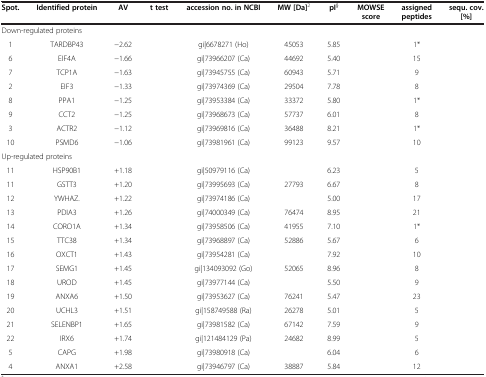
<table><thead><tr><td><b>Spot.</b></td><td><b>Identified protein</b></td><td><b>AV</b></td><td><b>t test</b></td><td><b>accession no. in NCBI</b></td><td><b>MW [Da]<sup>2</sup></b></td><td><b>pI<sup>§</sup></b></td><td><b>MOWSE score</b></td><td><b>assigned peptides</b></td><td><b>sequ. cov. [%]</b></td></tr></thead><tbody><tr><td colspan="10">Down-regulated proteins</td></tr><tr><td>1</td><td>TARDBP43</td><td>−2.62</td><td>[EMPTY_CELL]</td><td>gi|6678271 (Ho)</td><td>45053</td><td>5.85</td><td>[EMPTY_CELL]</td><td>1*</td><td>[EMPTY_CELL]</td></tr><tr><td>6</td><td>EIF4A</td><td>−1.66</td><td>[EMPTY_CELL]</td><td>gi|73966207 (Ca)</td><td>44692</td><td>5.40</td><td>[EMPTY_CELL]</td><td>15</td><td>[EMPTY_CELL]</td></tr><tr><td>7</td><td>TCP1A</td><td>−1.63</td><td>[EMPTY_CELL]</td><td>gi|73945755 (Ca)</td><td>60943</td><td>5.71</td><td>[EMPTY_CELL]</td><td>9</td><td>[EMPTY_CELL]</td></tr><tr><td>2</td><td>EIF3</td><td>−1.33</td><td>[EMPTY_CELL]</td><td>gi|73974369 (Ca)</td><td>29504</td><td>7.78</td><td>[EMPTY_CELL]</td><td>8</td><td>[EMPTY_CELL]</td></tr><tr><td>8</td><td>PPA1</td><td>−1.25</td><td>[EMPTY_CELL]</td><td>gi|73953384 (Ca)</td><td>33372</td><td>5.80</td><td>[EMPTY_CELL]</td><td>1*</td><td>[EMPTY_CELL]</td></tr><tr><td>9</td><td>CCT2</td><td>−1.25</td><td>[EMPTY_CELL]</td><td>gi|73968673 (Ca)</td><td>57737</td><td>6.01</td><td>[EMPTY_CELL]</td><td>8</td><td>[EMPTY_CELL]</td></tr><tr><td>3</td><td>ACTR2</td><td>−1.12</td><td>[EMPTY_CELL]</td><td>gi|73969816 (Ca)</td><td>36488</td><td>8.21</td><td>[EMPTY_CELL]</td><td>1*</td><td>[EMPTY_CELL]</td></tr><tr><td>10</td><td>PSMD6</td><td>−1.06</td><td>[EMPTY_CELL]</td><td>gi|73981961 (Ca)</td><td>99123</td><td>9.57</td><td>[EMPTY_CELL]</td><td>10</td><td>[EMPTY_CELL]</td></tr><tr><td colspan="10">Up-regulated proteins</td></tr><tr><td>11</td><td>HSP90B1</td><td>+1.18</td><td>[EMPTY_CELL]</td><td>gi|50979116 (Ca)</td><td>[EMPTY_CELL]</td><td>6.23</td><td>[EMPTY_CELL]</td><td>5</td><td>[EMPTY_CELL]</td></tr><tr><td>11</td><td>GSTT3</td><td>+1.20</td><td>[EMPTY_CELL]</td><td>gi|73995693 (Ca)</td><td>27793</td><td>6.67</td><td>[EMPTY_CELL]</td><td>8</td><td>[EMPTY_CELL]</td></tr><tr><td>12</td><td>YWHAZ.</td><td>+1.22</td><td>[EMPTY_CELL]</td><td>gi|73974186 (Ca)</td><td>[EMPTY_CELL]</td><td>5.00</td><td>[EMPTY_CELL]</td><td>17</td><td>[EMPTY_CELL]</td></tr><tr><td>13</td><td>PDIA3</td><td>+1.26</td><td>[EMPTY_CELL]</td><td>gi|74000349 (Ca)</td><td>76474</td><td>8.95</td><td>[EMPTY_CELL]</td><td>21</td><td>[EMPTY_CELL]</td></tr><tr><td>14</td><td>CORO1A</td><td>+1.34</td><td>[EMPTY_CELL]</td><td>gi|73958506 (Ca)</td><td>41955</td><td>7.10</td><td>[EMPTY_CELL]</td><td>1*</td><td>[EMPTY_CELL]</td></tr><tr><td>15</td><td>TTC38</td><td>+1.34</td><td>[EMPTY_CELL]</td><td>gi|73968897 (Ca)</td><td>52886</td><td>5.67</td><td>[EMPTY_CELL]</td><td>6</td><td>[EMPTY_CELL]</td></tr><tr><td>16</td><td>OXCT1</td><td>+1.43</td><td>[EMPTY_CELL]</td><td>gi|73954281 (Ca)</td><td>[EMPTY_CELL]</td><td>7.92</td><td>[EMPTY_CELL]</td><td>10</td><td>[EMPTY_CELL]</td></tr><tr><td>17</td><td>SEMG1</td><td>+1.45</td><td>[EMPTY_CELL]</td><td>gi|134093092 (Go)</td><td>52065</td><td>8.96</td><td>[EMPTY_CELL]</td><td>8</td><td>[EMPTY_CELL]</td></tr><tr><td>18</td><td>UROD</td><td>+1.45</td><td>[EMPTY_CELL]</td><td>gi|73977144 (Ca)</td><td>[EMPTY_CELL]</td><td>5.50</td><td>[EMPTY_CELL]</td><td>9</td><td>[EMPTY_CELL]</td></tr><tr><td>19</td><td>ANXA6</td><td>+1.50</td><td>[EMPTY_CELL]</td><td>gi|73953627 (Ca)</td><td>76241</td><td>5.47</td><td>[EMPTY_CELL]</td><td>23</td><td>[EMPTY_CELL]</td></tr><tr><td>20</td><td>UCHL3</td><td>+1.51</td><td>[EMPTY_CELL]</td><td>gi|158749588 (Ra)</td><td>26278</td><td>5.01</td><td>[EMPTY_CELL]</td><td>5</td><td>[EMPTY_CELL]</td></tr><tr><td>21</td><td>SELENBP1</td><td>+1.65</td><td>[EMPTY_CELL]</td><td>gi|73981582 (Ca)</td><td>67142</td><td>7.59</td><td>[EMPTY_CELL]</td><td>9</td><td>[EMPTY_CELL]</td></tr><tr><td>22</td><td>IRX6</td><td>+1.74</td><td>[EMPTY_CELL]</td><td>gi|121484129 (Pa)</td><td>24682</td><td>8.99</td><td>[EMPTY_CELL]</td><td>5</td><td>[EMPTY_CELL]</td></tr><tr><td>5</td><td>CAPG</td><td>+1.98</td><td>[EMPTY_CELL]</td><td>gi|73980918 (Ca)</td><td>[EMPTY_CELL]</td><td>6.04</td><td>[EMPTY_CELL]</td><td>6</td><td>[EMPTY_CELL]</td></tr><tr><td>4</td><td>ANXA1</td><td>+2.58</td><td>[EMPTY_CELL]</td><td>gi|73946797 (Ca)</td><td>38887</td><td>5.84</td><td>[EMPTY_CELL]</td><td>12</td><td>[EMPTY_CELL]</td></tr></tbody></table>